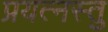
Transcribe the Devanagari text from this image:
प्रयत्नस्तु